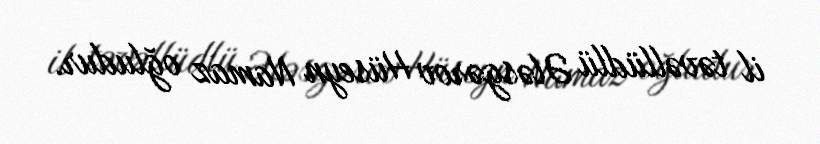
il təvəllüdlü Ələsgərov Hüseyn Namaz oğludur.